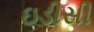
ઇડીસી